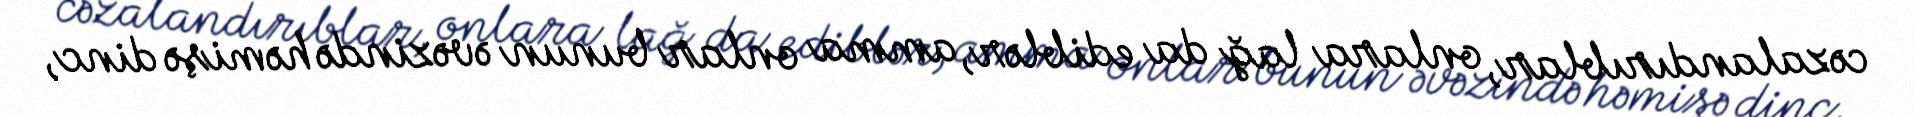
cəzalandırıblar, onlara lağ da ediblər, amma onlar bunun əvəzində həmişə dinc,